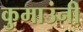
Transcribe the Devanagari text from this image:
कुमाउंनी